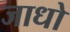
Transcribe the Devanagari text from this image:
जाधो